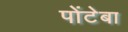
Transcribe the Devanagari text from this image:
पोंटेबा